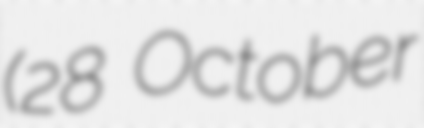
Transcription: (28 October